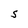
Character: s